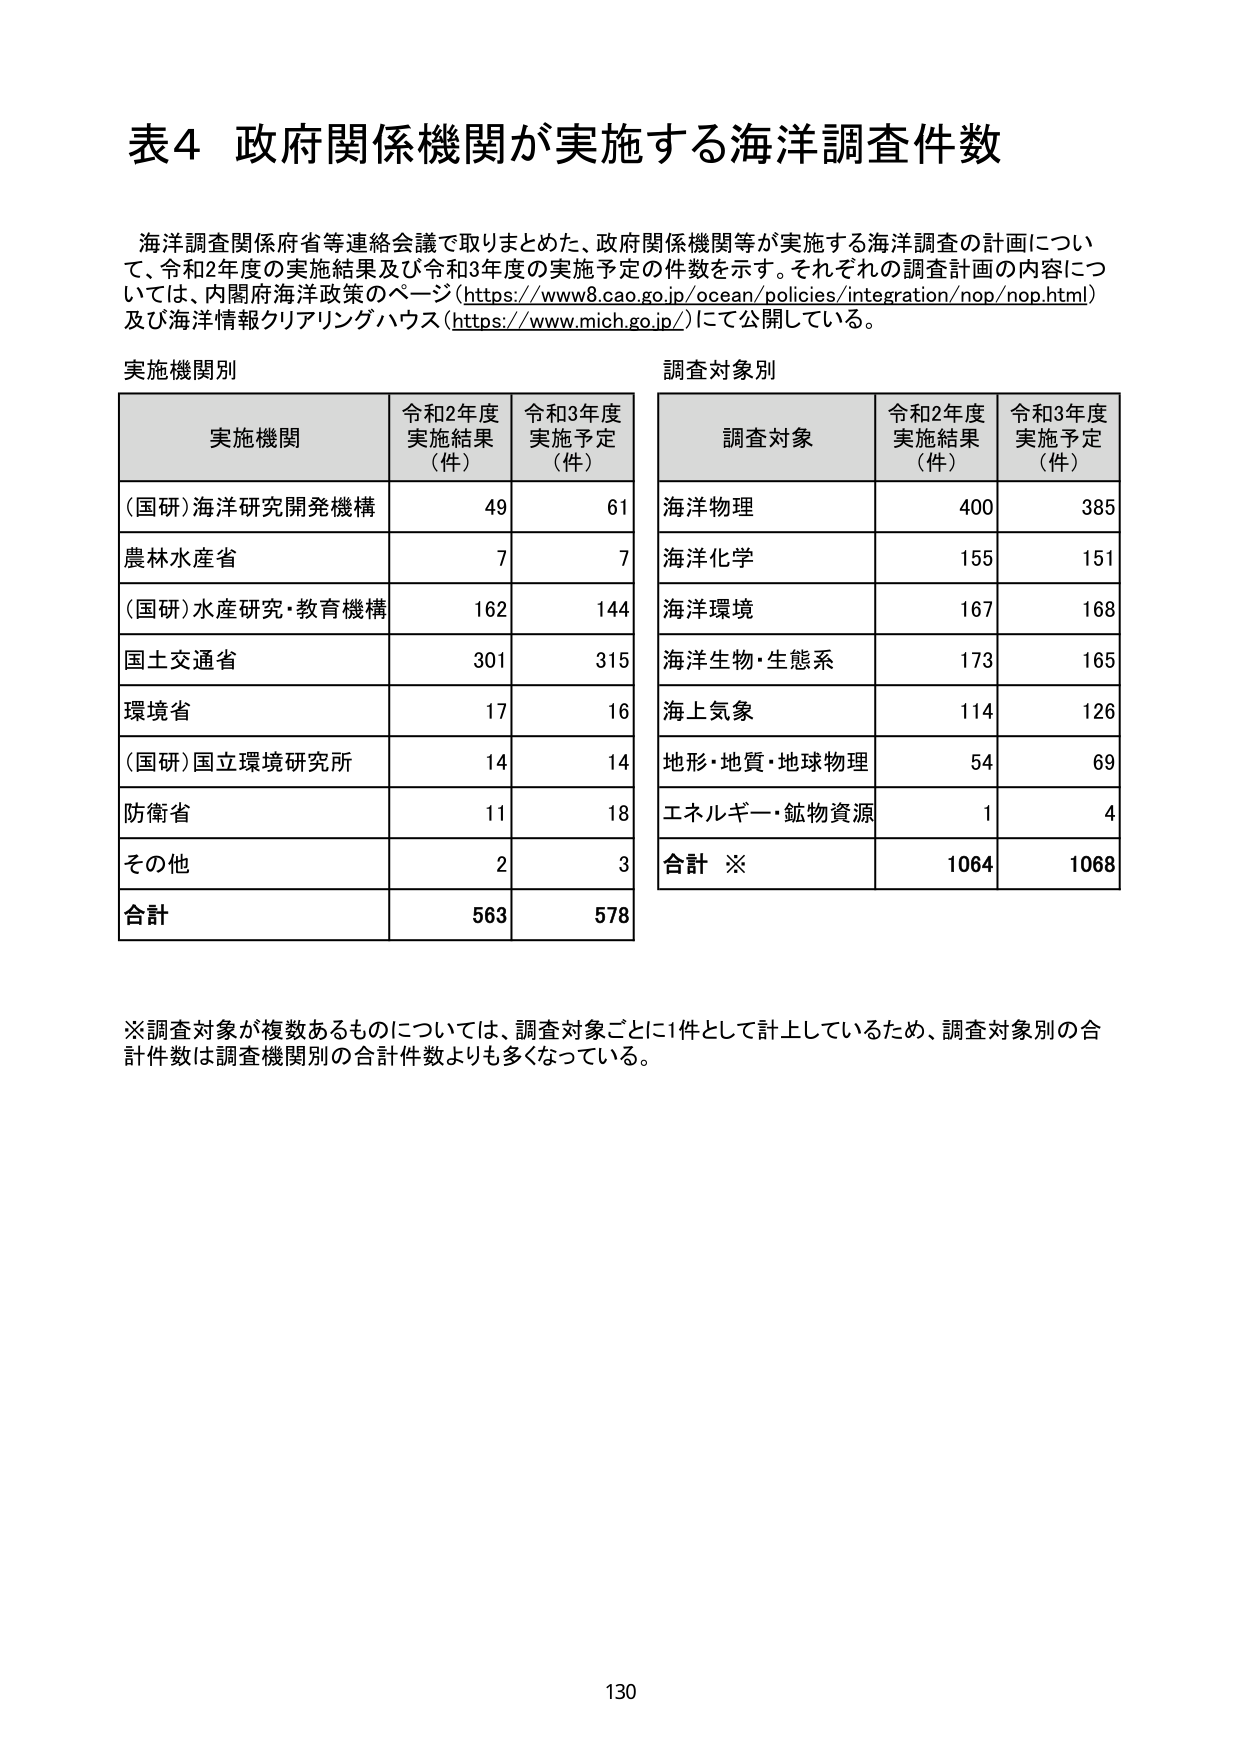
表4 政府関係機関が実施する海洋調査件数

海洋調査関係府省等連絡会議で取りまとめた、政府関係機関等が実施する海洋調査の計画について、令和2年度の実施結果及び令和3年度の実施予定の件数を示す。それぞれの調査計画の内容については、内閣府海洋政策のページ（https://www8.cao.go.jp/ocean/policies/integration/nop/nop.html）及び海洋情報クリアリングハウス（https://www.mich.go.jp/）にて公開している。

実施機関別

実施機関　　令和2年度実施結果（件）　令和3年度実施予定（件）
（国研）海洋研究開発機構　　　　　49　　　　　　　61
農林水産省　　　　　　　　　　　　7　　　　　　　　7
（国研）水産研究・教育機構　　　　162　　　　　　144
国土交通省　　　　　　　　　　　301　　　　　　315
環境省　　　　　　　　　　　　　　17　　　　　　　16
（国研）国立環境研究所　　　　　　14　　　　　　　14
防衛省　　　　　　　　　　　　　　11　　　　　　　18
その他　　　　　　　　　　　　　　2　　　　　　　　3
合計　　　　　　　　　　　　　　563　　　　　　578

調査対象別

調査対象　　令和2年度実施結果（件）　令和3年度実施予定（件）
海洋物理　　　　　　　　　　　　400　　　　　　385
海洋化学　　　　　　　　　　　　155　　　　　　151
海洋環境　　　　　　　　　　　　167　　　　　　168
海洋生物・生態系　　　　　　　　173　　　　　　165
海上気象　　　　　　　　　　　　114　　　　　　126
地形・地質・地球物理　　　　　　54　　　　　　　69
エネルギー・鉱物資源　　　　　　1　　　　　　　　4
合計 ※　　　　　　　　　　　　1064　　　　　1068

※調査対象が複数あるものについては、調査対象ごとに1件として計上しているため、調査対象別の合計件数は調査機関別の合計件数よりも多くなっている。

130